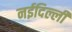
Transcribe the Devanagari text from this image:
नईदिल्ली